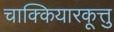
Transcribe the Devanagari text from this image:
चाक्कियारकूत्तु